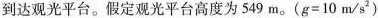
到达观光平台。假定观光平台高度为549m。($$g = 1 0 m / s ^ { 2 }$$)